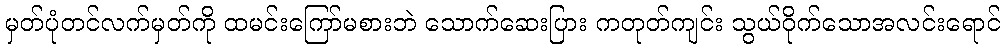
မှတ်ပုံတင်လက်မှတ်ကို ထမင်းကြော်မစားဘဲ သောက်ဆေးပြား ကတုတ်ကျင်း သွယ်ဝိုက်သောအလင်းရောင်